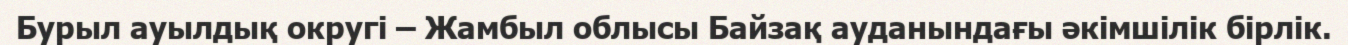
Бурыл ауылдық округі – Жамбыл облысы Байзақ ауданындағы әкімшілік бірлік.